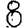
Digit: 8